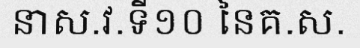
នាស.វ.ទី១០ នៃគ.ស.